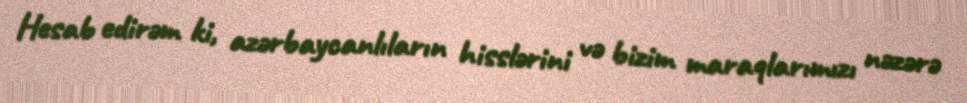
Hesab edirəm ki, azərbaycanlıların hisslərini və bizim maraqlarımızı nəzərə